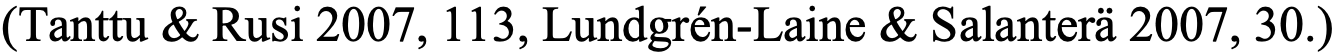
(Tanttu & Rusi 2007, 113, Lundgrén-Laine & Salanterä 2007, 30.)